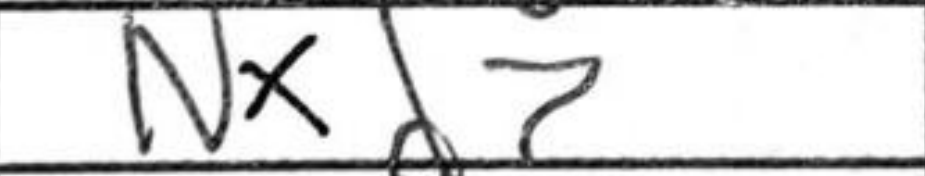
Transcription: Nxd7